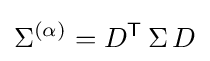
\Sigma ^{(\alpha )}=D^{\mathsf {T}}\,\Sigma \,D